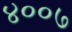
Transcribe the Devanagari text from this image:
४००७